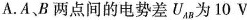
A.A、B两点间的电势差U_{AB}为10V